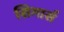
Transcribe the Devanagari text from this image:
सिगार्स